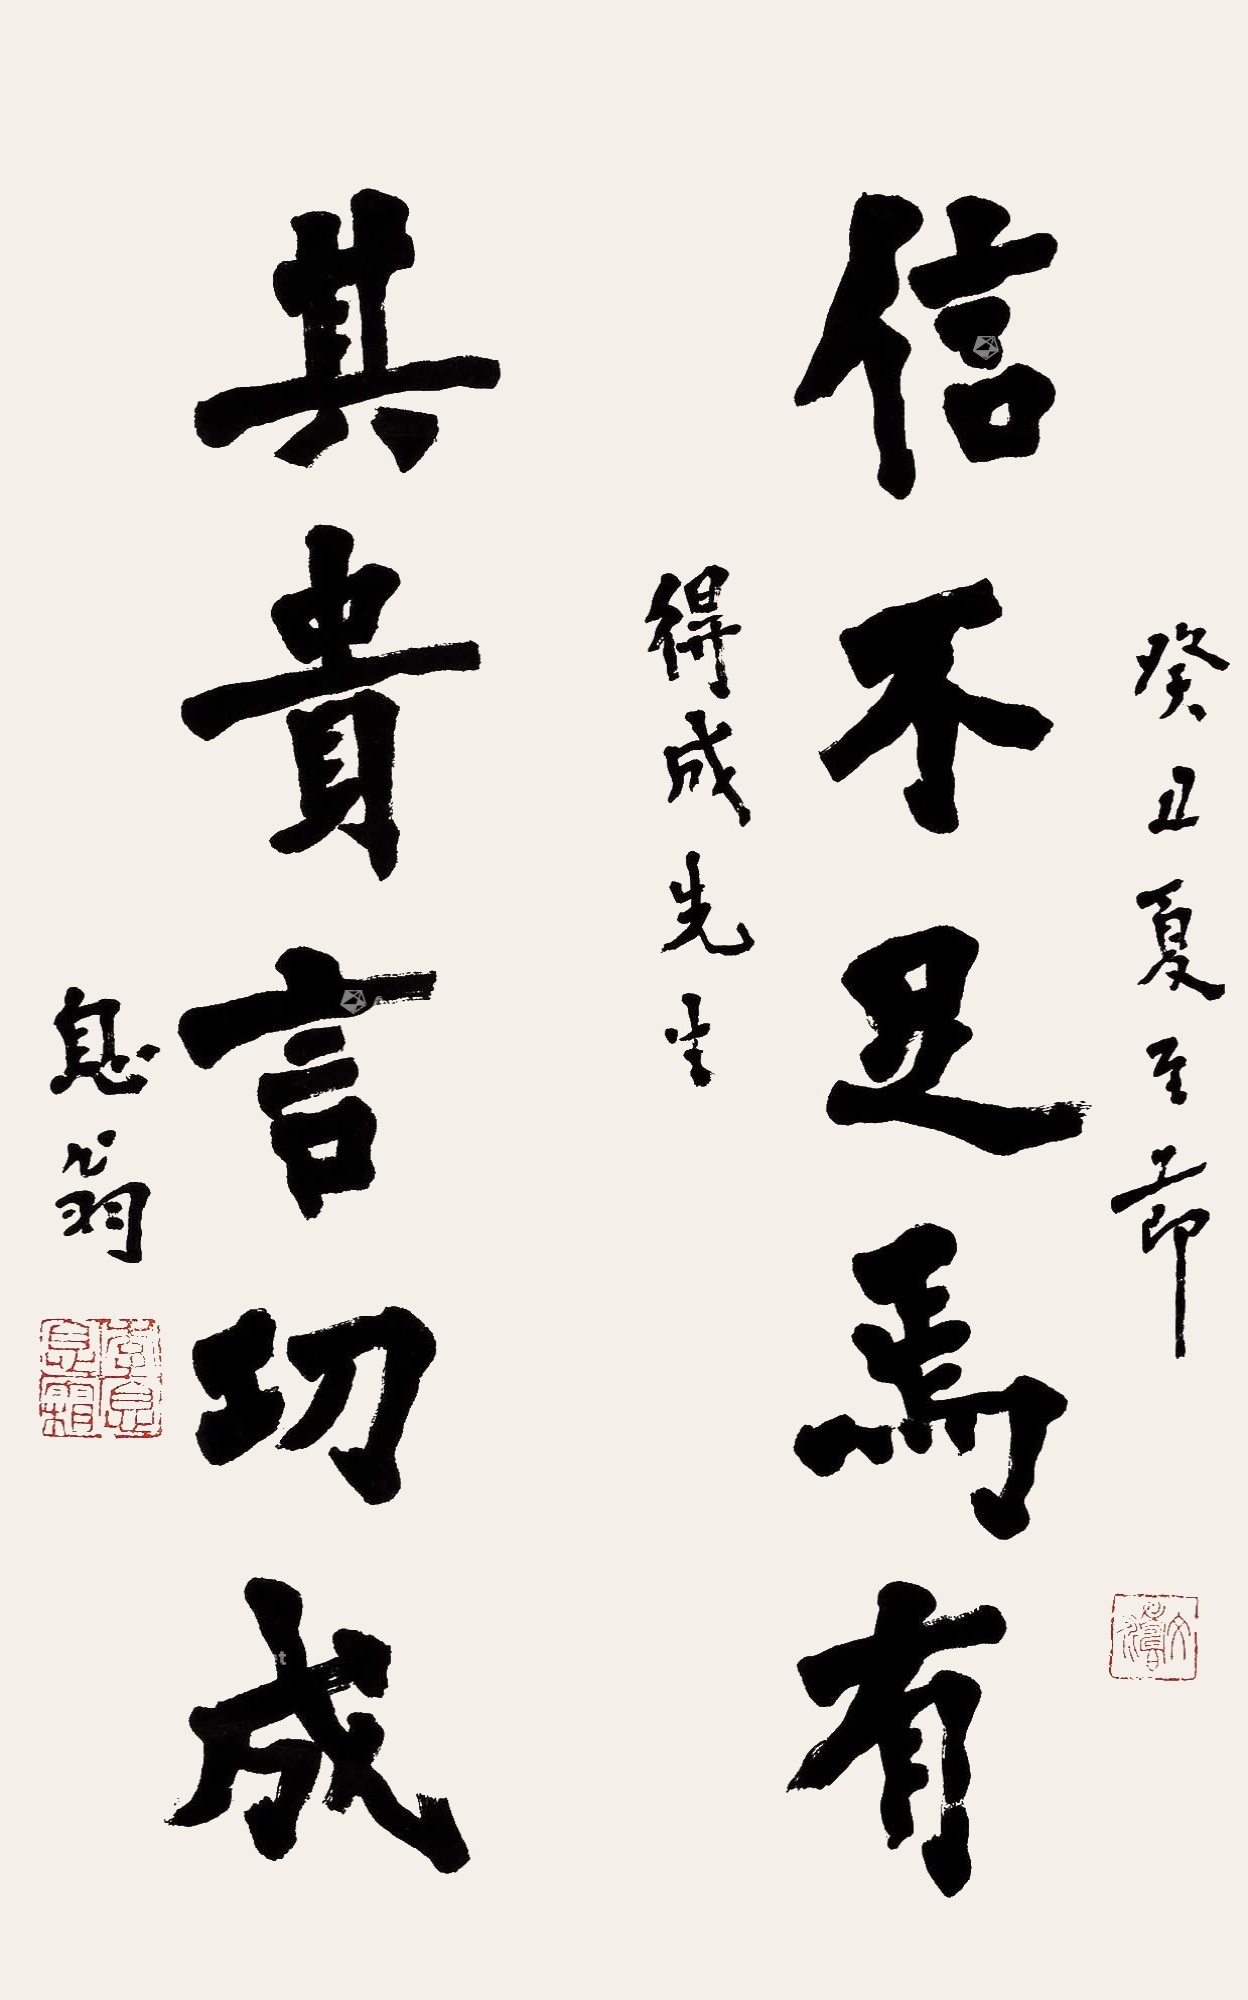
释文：信不足焉有，其贵言功成。癸丑夏至节，得成先生，息翁。